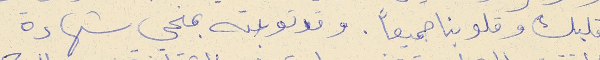
قلبك وقلوبنا جميعاً. وقد توجته بمنحي شهادة